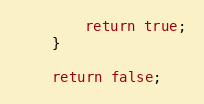
Language: JavaScript
        return true;
    }

    return false;